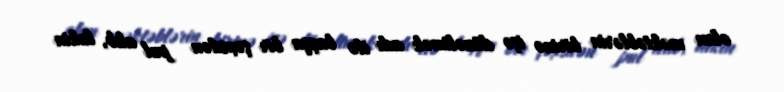
olan məktəblərin birinə işə düzəltmək adı ilə başqa bir şəxsdən pul alıb, lakin